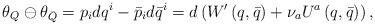
LaTeX: \begin{align*}\theta_Q \ominus \theta_{\bar{Q}} =p_{i}dq^{i}-\bar{p}_{i}d\bar{q}^{i}=d\left(W'\left( q,\bar{q}\right) +\nu _{a}U^{a}\left( q,\bar{q}\right)\right), \end{align*}